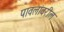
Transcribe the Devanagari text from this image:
पावलांवरील